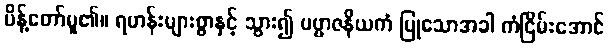
မိန့်တော်မူ၏။ ရဟန်းများစွာနှင့် သွား၍ ပဗ္ဗာဇနိယကံ ပြုသောအခါ ကံငြိမ်းအောင်